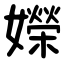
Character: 嬫